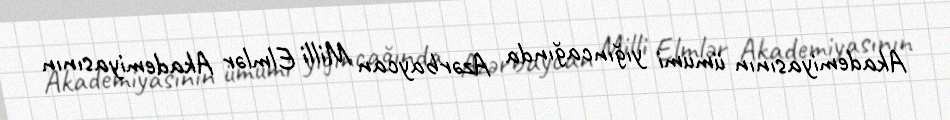
Akademiyasının ümumi yığıncağında Azərbaycan Milli Elmlər Akademiyasının